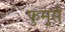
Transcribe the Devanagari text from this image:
फुमुसै